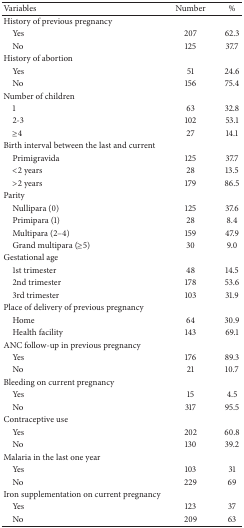
<table><thead><tr><td><b>Variables</b></td><td><b>Number</b></td><td><b>%</b></td></tr></thead><tbody><tr><td>History of previous pregnancy</td><td> </td><td> </td></tr><tr><td> Yes</td><td>207</td><td>62.3</td></tr><tr><td> No</td><td>125</td><td>37.7</td></tr><tr><td>History of abortion</td><td> </td><td> </td></tr><tr><td> Yes</td><td>51</td><td>24.6</td></tr><tr><td> No</td><td>156</td><td>75.4</td></tr><tr><td>Number of children</td><td> </td><td> </td></tr><tr><td> 1</td><td>63</td><td>32.8</td></tr><tr><td> 2-3</td><td>102</td><td>53.1</td></tr><tr><td> ≥4</td><td>27</td><td>14.1</td></tr><tr><td>Birth interval between the last and current</td><td> </td><td> </td></tr><tr><td> Primigravida </td><td>125</td><td>37.7</td></tr><tr><td> &lt;2 years</td><td>28</td><td>13.5</td></tr><tr><td> &gt;2 years</td><td>179</td><td>86.5</td></tr><tr><td>Parity</td><td> </td><td> </td></tr><tr><td> Nullipara (0)</td><td>125</td><td>37.6</td></tr><tr><td> Primipara (1)</td><td>28</td><td>8.4</td></tr><tr><td> Multipara (2–4)</td><td>159</td><td>47.9</td></tr><tr><td> Grand multipara (≥5)</td><td>30</td><td>9.0</td></tr><tr><td>Gestational age</td><td> </td><td> </td></tr><tr><td> 1st trimester</td><td>48</td><td>14.5</td></tr><tr><td> 2nd trimester </td><td>178</td><td>53.6</td></tr><tr><td> 3rd trimester </td><td> 103</td><td> 31.9</td></tr><tr><td>Place of delivery of previous pregnancy</td><td> </td><td> </td></tr><tr><td> Home</td><td>64</td><td>30.9</td></tr><tr><td> Health facility</td><td>143</td><td>69.1</td></tr><tr><td>ANC follow-up in previous pregnancy</td><td> </td><td> </td></tr><tr><td> Yes</td><td>176</td><td>89.3</td></tr><tr><td> No</td><td>21</td><td>10.7</td></tr><tr><td>Bleeding on current pregnancy</td><td> </td><td> </td></tr><tr><td> Yes</td><td>15</td><td>4.5</td></tr><tr><td> No</td><td>317</td><td>95.5</td></tr><tr><td>Contraceptive use</td><td> </td><td> </td></tr><tr><td> Yes</td><td> 202</td><td>60.8</td></tr><tr><td> No</td><td> 130 </td><td>39.2</td></tr><tr><td>Malaria in the last one year</td><td> </td><td> </td></tr><tr><td> Yes</td><td> 103</td><td> 31</td></tr><tr><td> No</td><td> 229</td><td>69</td></tr><tr><td>Iron supplementation on current pregnancy</td><td> </td><td> </td></tr><tr><td> Yes</td><td>123</td><td>37</td></tr><tr><td> No</td><td>209</td><td>63</td></tr></tbody></table>